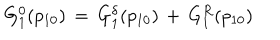
G _ { 1 } ^ { 0 } ( p _ { 1 0 } ) \, = \, G _ { 1 } ^ { \delta } ( p _ { 1 0 } ) \, + \, G _ { 1 } ^ { R } ( p _ { 1 0 } )